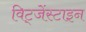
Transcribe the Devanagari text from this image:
विट्जेंस्टाइन